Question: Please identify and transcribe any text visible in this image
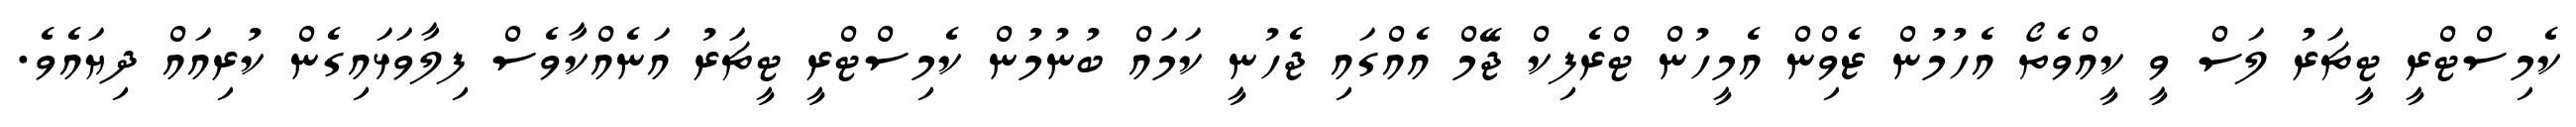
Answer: ކެމިސްޓްރީ ޓީޗަރު ލަސް ވީ ކީއްވެތޯ އެހުމުން ޒެވިްން އެމީހުން ޓްރެފިކް ޖޭމް އެއްގައި ޖެހުނީ ކަމައް ބުނުމުން ކެމިސްޓްރީ ޓީޗަރު އަނެއްކާވެސް ފިލާވަޅައިގެން ކުރިއައް ދިޔައެވެ.